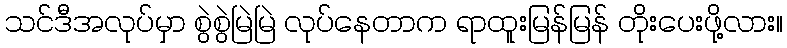
သင်ဒီအလုပ်မှာ စွဲစွဲမြဲမြဲ လုပ်နေတာက ရာထူးမြန်မြန် တိုးပေးဖို့လား။